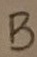
Text: B